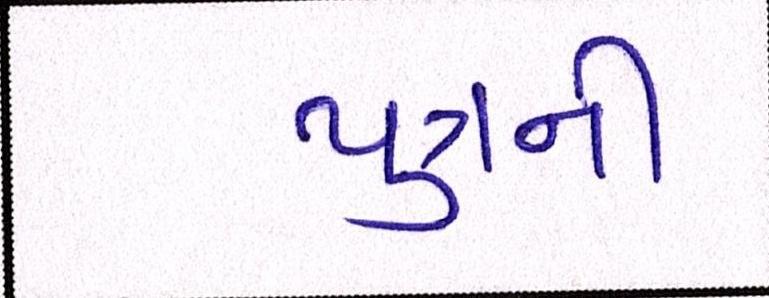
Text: પુત્રની